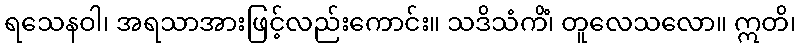
ရသေနဝါ၊ အရသာအားဖြင့်လည်းကောင်း။ သဒိသံကိံ၊ တူလေသလော။ ဣတိ၊